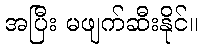
အပြီး မဖျက်ဆီးနိုင်။